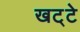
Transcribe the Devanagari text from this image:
खट्‌टे